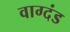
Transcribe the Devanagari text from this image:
वाग्दंड